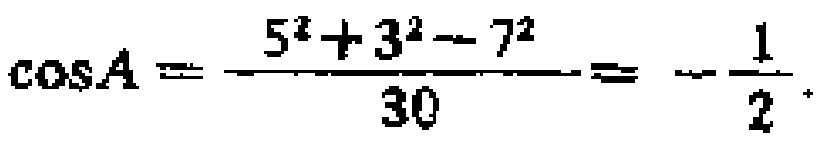
\(\cos A = \frac{5^{2} + 3^{2} - 7^{2}}{30} = -\frac{1}{2}\)